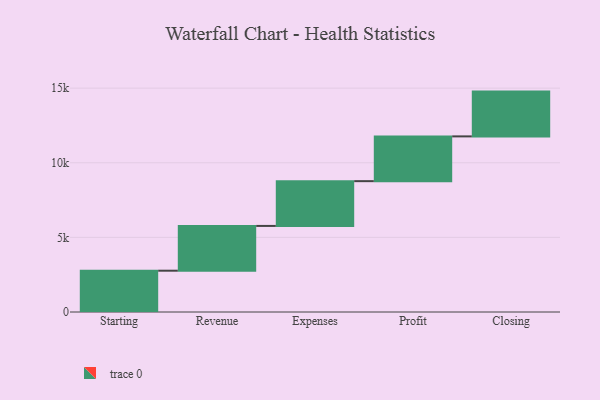
{"axis": {"x": "Step", "y": "Value"}, "legend": [""], "data": [{"x": "Starting", "y": 2767.0, "type": ""}, {"x": "Revenue", "y": 3000, "type": ""}, {"x": "Expenses", "y": 3000, "type": ""}, {"x": "Profit", "y": 3000, "type": ""}, {"x": "Closing", "y": 3000, "type": ""}]}